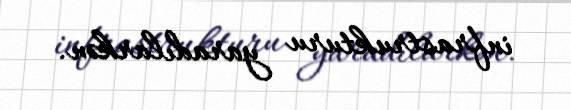
infrastrukturu yaradılarkən.